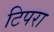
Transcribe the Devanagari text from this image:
टिपरा